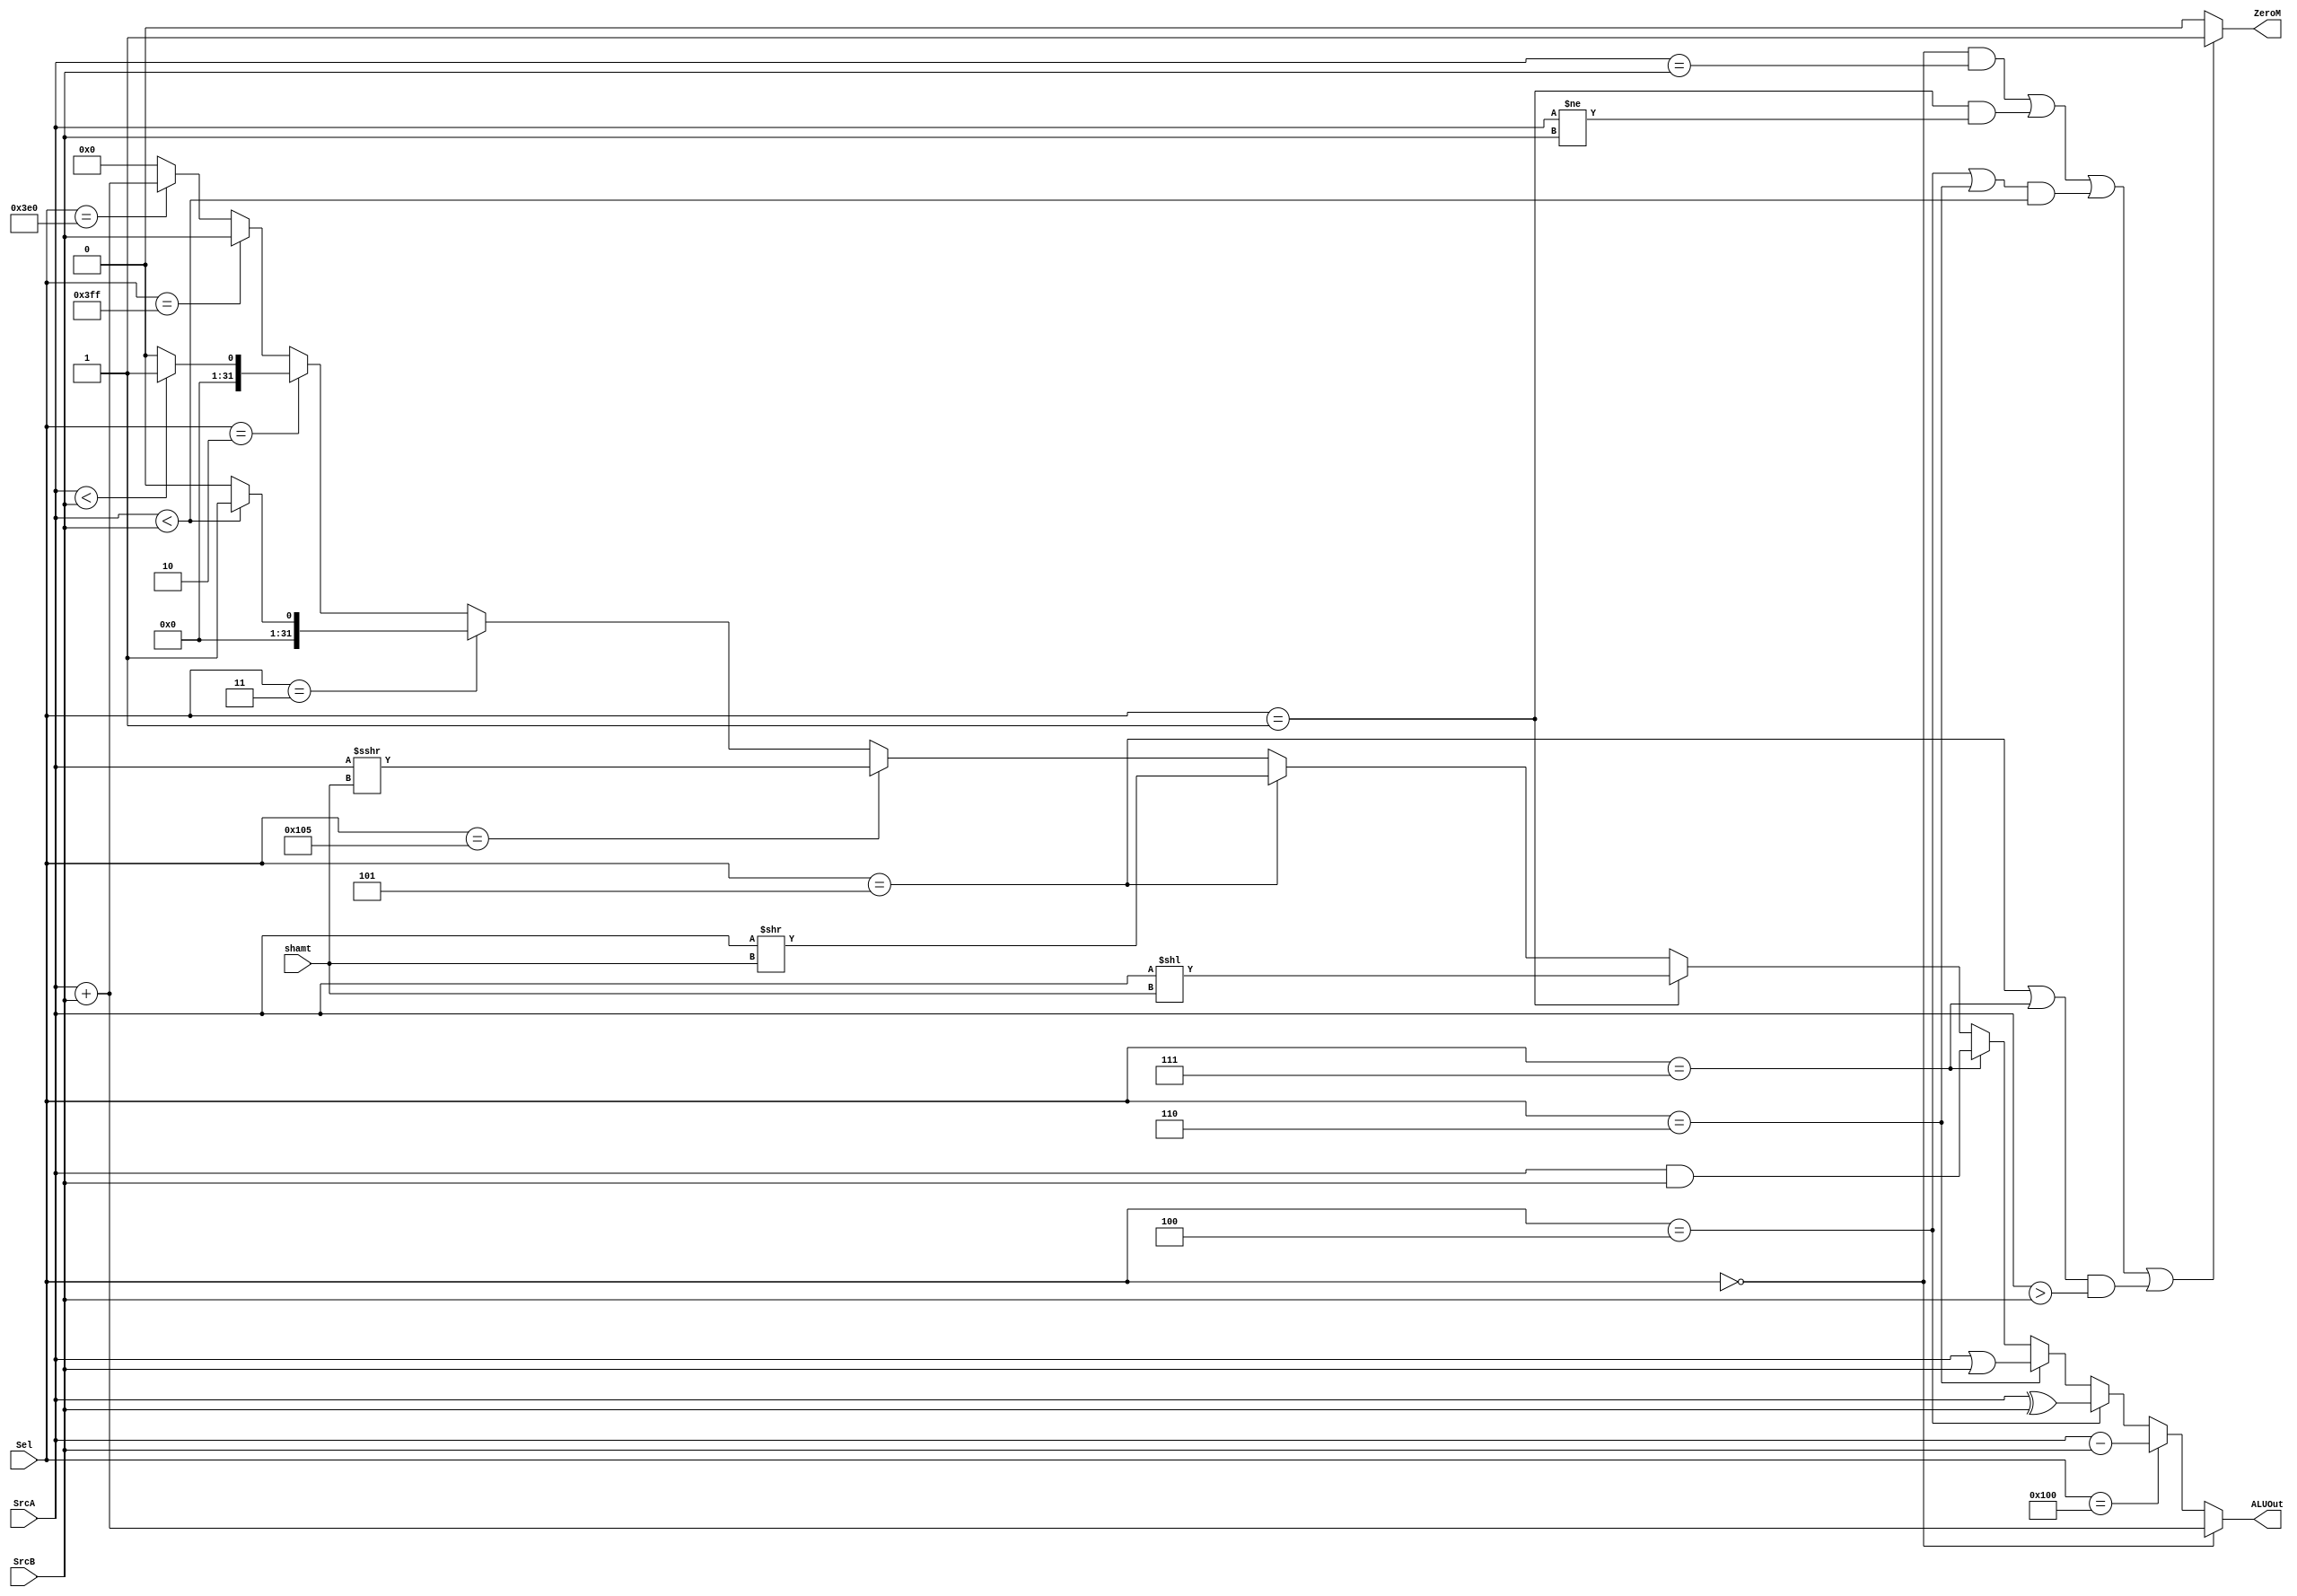
`timescale 1ns / 1ps

module ALU(
    input   [31:0] SrcA,
    input   [31:0] SrcB,
    input   [4:0]  shamt,  // rs2[4:0] or shamt
    input   [9:0]  Sel,
    output  [31:0] ALUOut,
    output         ZeroM
);

wire signed [31:0] SRAI;
wire        SLTIU;
wire        SLTI;

wire signed [31:0] signed_A;
wire signed [31:0] signed_B;
    assign signed_A = SrcA;
    assign signed_B = SrcB;

    assign SLTI = (signed_A < signed_B) ? 1'b1:
                  1'b0;

    assign SLTIU = (SrcA < SrcB) ? 1'b1:
                  1'b0;

    assign SRAI = SrcA;

    assign ALUOut = (Sel == 10'b0000000000) ? SrcA + SrcB:  // A
//                    (Sel == 10'b0000001000) ? SrcA + SrcB:  // A
                    (Sel == 10'b0100000000) ? SrcA - SrcB:  //   rs2-rs1
                    (Sel == 10'b0000000100) ? SrcA ^ SrcB:
                    (Sel == 10'b0000000110) ? SrcA | SrcB:
                    (Sel == 10'b0000000111) ? SrcA & SrcB:
                    (Sel == 10'b0000000001) ? SrcA << shamt:
                    (Sel == 10'b0000000101) ? SrcA >> shamt:
                    (Sel == 10'b0100000101) ? SRAI >>> shamt:   //SRAI
                    (Sel == 10'b0000000011) ? SLTIU:
                    (Sel == 10'b0000000010) ? SLTI:
                    (Sel == 10'b1111111111) ? SrcB:  //LUI
                    (Sel == 10'b1111100000) ? SrcA + SrcB:  //AUIPC  rdest = PC + (input[20bit], 12'd0)
                    32'd0;

    assign ZeroM = (((Sel == 10'b0000000000) & (SrcA == SrcB)) |
                    ((Sel == 10'b0000000001) & (SrcA != SrcB)) |
                    (((Sel == 10'b0000000100) | (Sel == 10'b0000000110)) & (SrcA < SrcB)) |
                    (((Sel == 10'b0000000101) | (Sel == 10'b0000000111)) & (SrcA > SrcB))) ? 1'b1:
                    1'b0;

endmodule